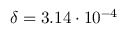
\delta = 3 . 1 4 \cdot 1 0 ^ { - 4 }